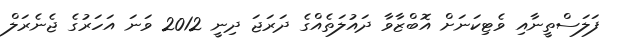
ފަލަސްތީނާއި ވެޓިކަނަށް އޮބްޒާވާ ދައުލަތެއްގެ ދަރަޖަ ދިނީ 2012 ވަނަ އަހަރުގެ ޖެނެރަލް